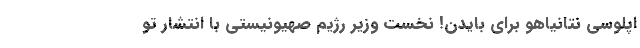
اپلوسی نتانیاهو برای بایدن! نخست وزیر رژیم صهیونیستی با انتشار تو